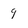
Character: 9